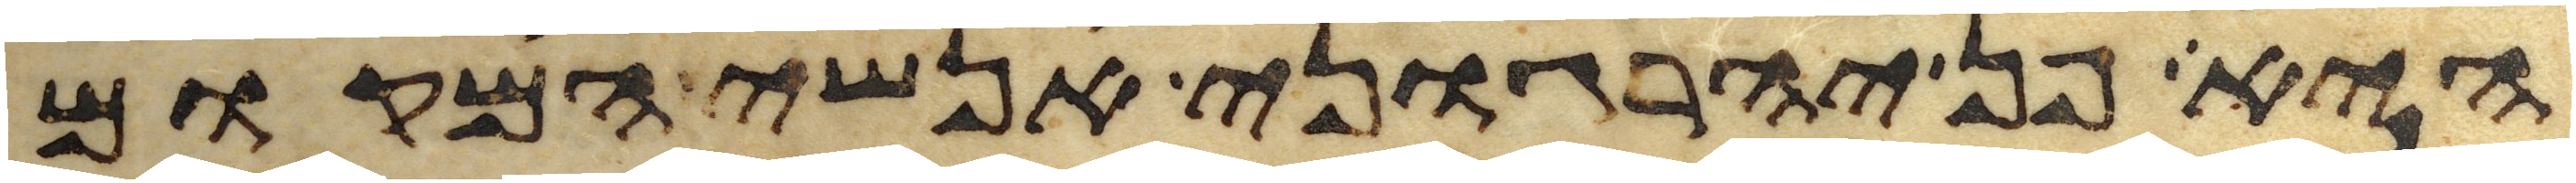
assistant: היא פן יהרגוני אנשי המקום